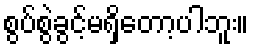
စွပ်စွဲခွင့်မရှိတော့ပါဘူး။